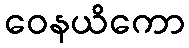
ဝေနယိကော